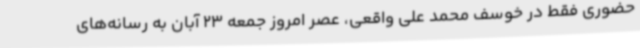
حضوری فقط در خوسف محمد علی واقعی، عصر امروز جمعه 23 آبان به رسانه‌های